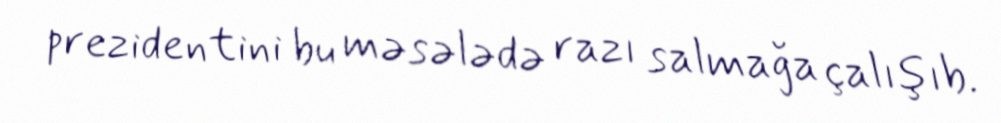
prezidentini bu məsələdə razı salmağa çalışıb.